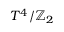
T ^ { 4 } / \mathbb { Z } _ { 2 }